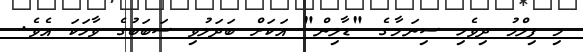
މި ފިލްމު ދިވެހި ސިނަމާގެ "ޑާލިން" އަކަށް ބަދަލުވި ސަބަބުގެ ވާހަކަ އެވެ.